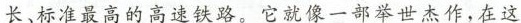
长、标准最高的高速铁路。它就像一部举世杰作，在这